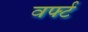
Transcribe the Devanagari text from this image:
वर्फ्ट